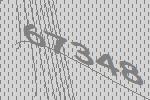
67348